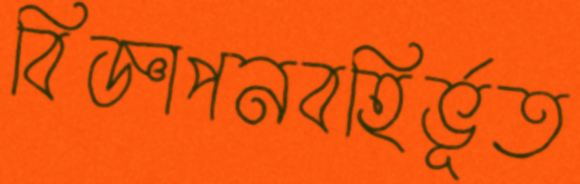
বিজ্ঞাপনবহির্ভূত